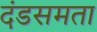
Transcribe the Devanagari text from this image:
दंडसमता